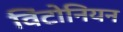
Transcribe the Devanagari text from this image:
विंटोनियन